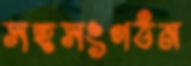
সহসংগঠন